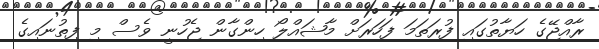
ރާއްޖޭގެ ހަޔާތުގައި ފުރަތަމަ ފަހަރަށް މާޝައްލޯ ހިންގާން ޖެހުނީ ވެސް މި ފިތުނައިގެ